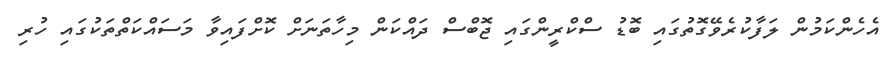
އެހެންކަމުން ލަފާކުރެވޭގޮތުގައި ބޮޑު ސްކްރީންގައި ޖޮބްސް ދައްކަން މިހާތަނަށް ކޮށްފައިވާ މަސައްކަތްތަކުގައި ހުރި